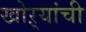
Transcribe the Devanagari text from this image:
खोऱ्यांची